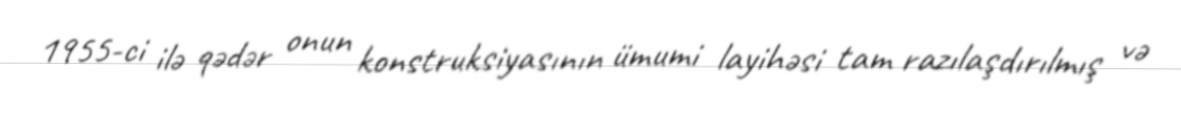
1955-ci ilə qədər onun konstruksiyasının ümumi layihəsi tam razılaşdırılmış və